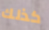
كذلك